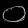
Digit: ၀